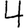
Digit: 4